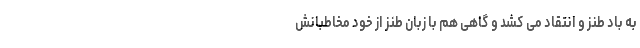
به باد طنز و انتقاد می کشد و گاهی هم با زبان طنز از خود مخاطبانش